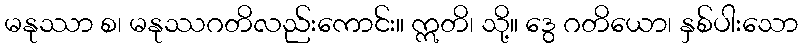
မနုဿာ စ၊ မနုဿဂတိလည်းကောင်း။ ဣတိ၊ သို့။ ဒွေ ဂတိယော၊ နှစ်ပါးသော